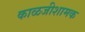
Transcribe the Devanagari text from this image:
काळजीशामक